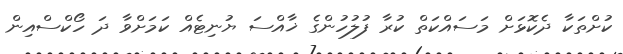
ކުށްތަކާ ދެކޮޅަށް މަސައްކަތް ކުރާ ފުލުހުންގެ ޚާއްސަ ޔުނިޓެއް ކަމަށްވާ ދަ ހޯކްސްއިން